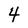
Character: 4